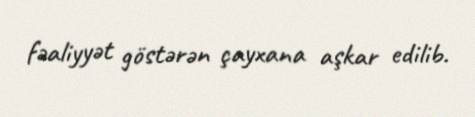
fəaliyyət göstərən çayxana aşkar edilib.